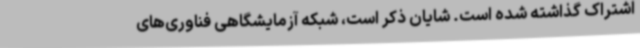
اشتراک گذاشته شده است. شایان ذکر است، شبکه آزمایشگاهی فناوری‌های